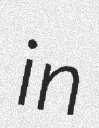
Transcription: in